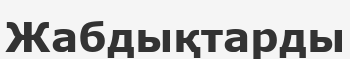
Жабдықтарды